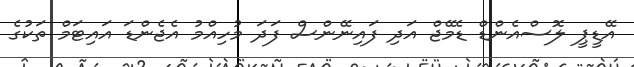
އޭޑީޕީ ލޮސްއެންޑް ޑެމޭޖް އަދި ފައިނޭންސް ފަދަ މުހިއްމު އެޖެންޑަ އައިޓަމް ތަކުގެ